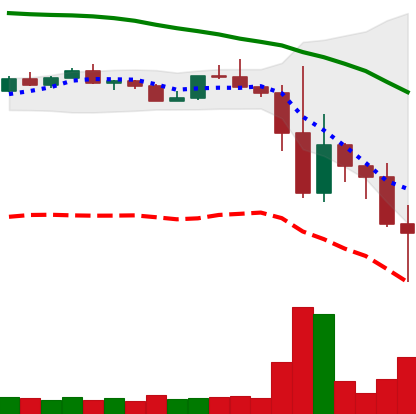
Ticker: TRX-USD
Chart end date: 2022-11-14
Forward return: 4.087%
Label: up_3_5